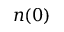
n ( 0 )